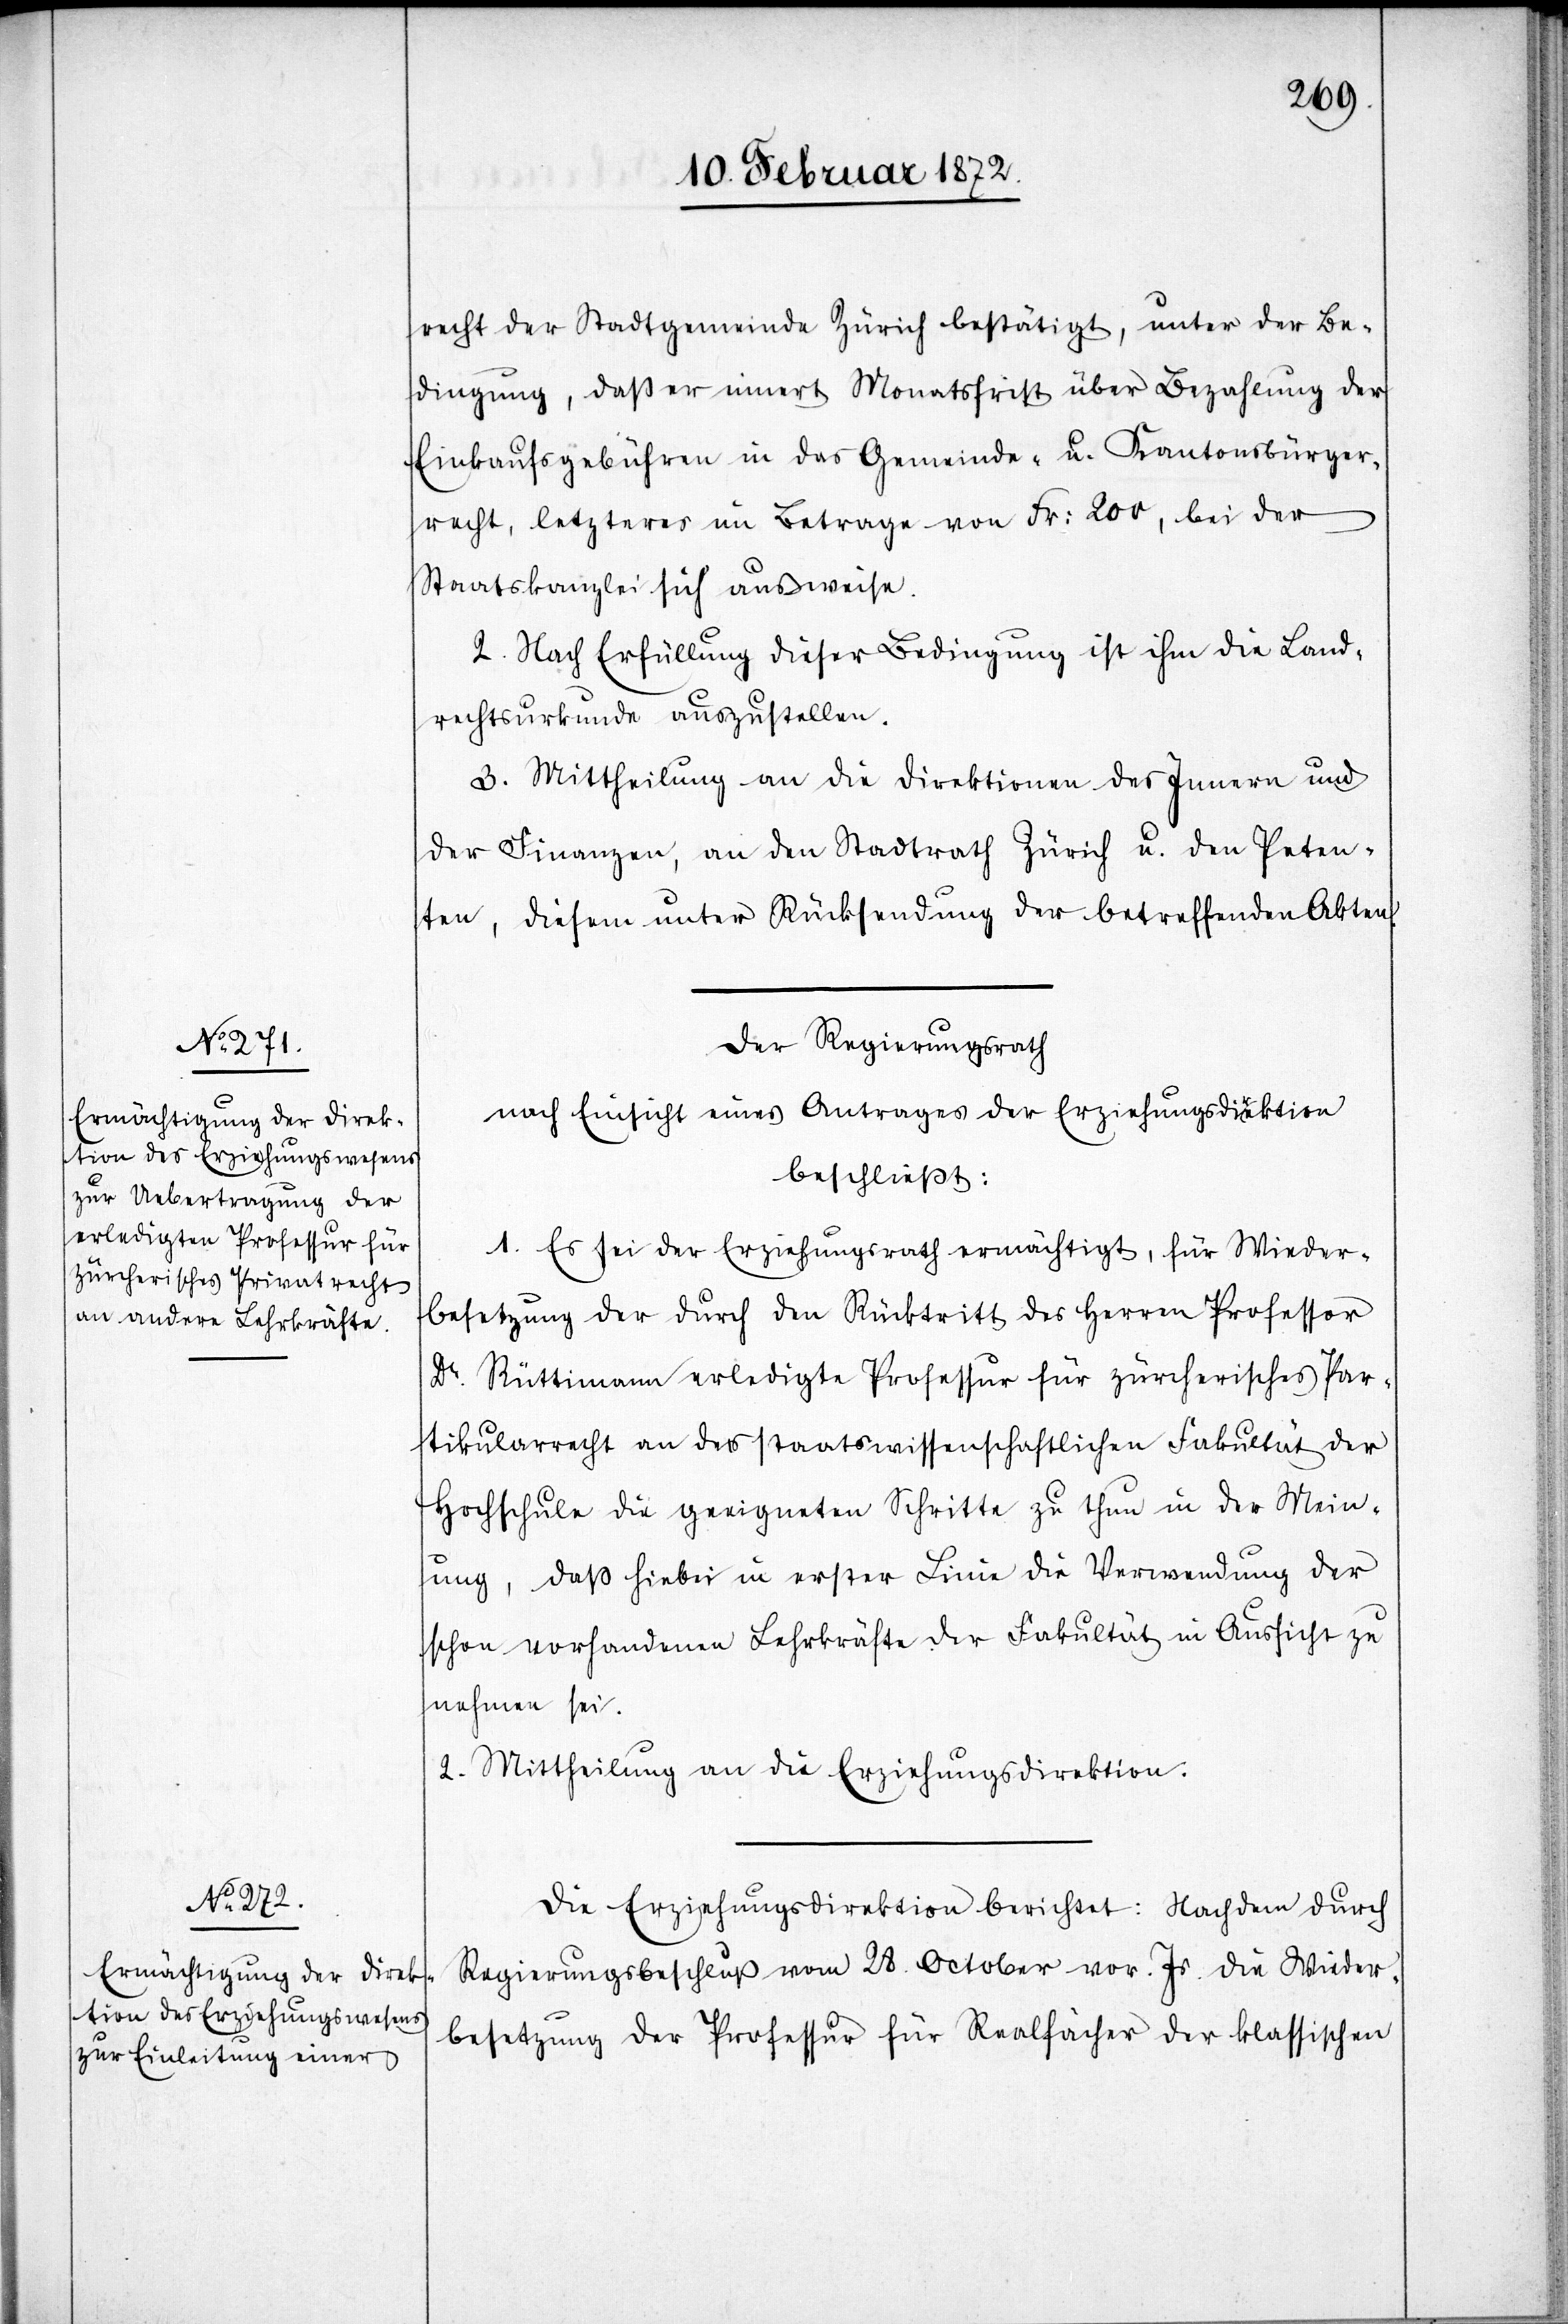
recht der Stadtgemeinde Zürich bestätigt, unter der Be¬
dingung, daß er innert Monatsfrist über Bezahlung der
Einkaufsgebühren in das Gemeinde- u. Kantonsbürger¬
recht, letzteres im Betrage von Fr. 200, bei der
Staatskanzlei sich ausweise.
2. Nach Erfüllung dieser Bedingung ist ihm die Land¬
rechtsurkunde auszustellen.
3. Mittheilung an die Direktion des Innern und
der Finanzen, an den Stadtrath Zürich u. den Peten¬
ten, diesem unter Rücksendung der betreffenden Akten.
Der Regierungsrath
nach Einsicht eines Antrages der Erziehungsdirektion
beschließt:
1. Es sei der Erziehungsrath ermächtigt, für Wieder¬
besetzung der durch den Rücktritt des Herren Professor
Dr. Rüttimann erledigte Professur für zürcherisches Par¬
tikularrecht an der staatswissenschaftlichen Fakultät der
Hochschule die geeigneten Schritte zu thun in der Mein¬
ung, daß hiebei in erster Linie die Verwendung der
schon vorhandenen Lehrkräfte der Fakultät in Aussicht zu
nehmen sei.
2. Mittheilung an die Erziehungsdirektion.
Die Erziehungsdirektion berichtet: Nachdem durch
Regierungsbeschluß vom 28. October vor. Js. die Wieder¬
besetzung der Professur für Realfächer der klassischen